Malaria in the Punjab - Number 46
Disease focus: Malaria
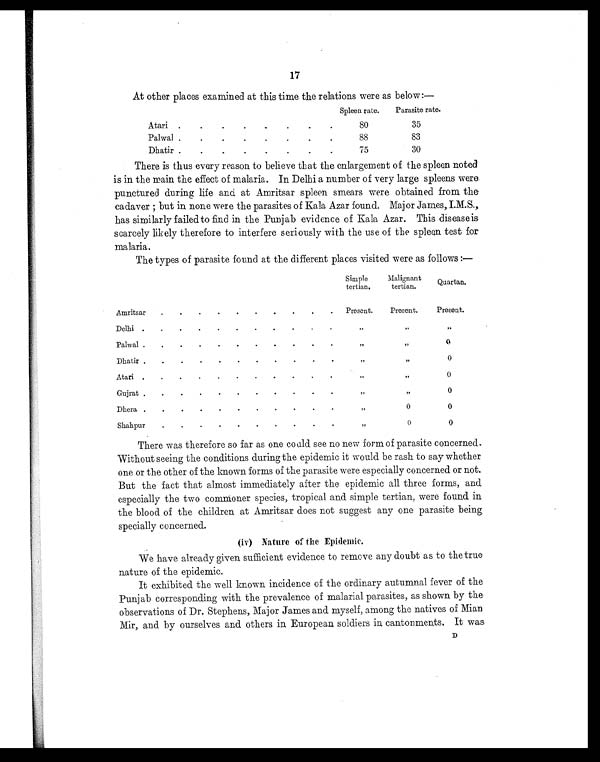
17
At other places examined at this time the relations were as below:—
Spleen rate.
Parasite rate.
Atari
.
.
.
. .
. .
.
80
35
Palwal
.
.
.
.
. .
.
.
88
83
Dhatir
. .
.
.
.
. .
.
7 5
30
There is thus every reason to believe that the enlargement of the spleen noted
is in the main the effect of malaria. In Delhi a number of very large spleens were
punctured during life and at Amritsar spleen smears were obtained from the
cadaver ; but in none were the parasites of Kala Azar found. Major James, I.M.S.,
has similarly failed to find in the Punjab evidence of Kala Azar. This disease is
scarcely likely therefore to interfere seriously with the use of the spleen test for
malaria.
The types of parasite found at the different places visited were as follows:—
Simple
tertian.
Malignant
tertian.
Quartan .
Amritsar
.
.
.
.
.
.
.
.
.
. Present.
Present.
Present.
Delhi .
.
.
.
.
.
.
.
.
.
.
„ „
„
Palwal .
.
.
.
.
.
.
.
.
.
.
„
„ 0
Dhatir .
.
.
.
.
.
.
.
.
.
.
„
„ 0
Atari .
.
.
.
.
.
.
.
.
.
.
„
„
0
Gujrat .
.
.
.
.
.
.
.
.
.
.
„
„ 0
Dhera .
.
.
.
.
.
.
.
.
.
.
„
0
0
Shahpur
.
.
.
.
.
.
.
.
.
.
„
0
0
There was therefore so far as one could see no new form of parasite concerned.
Without seeing the conditions during the epidemic it would be rash to say whether
one or the other of the known forms of the parasite were especially concerned or not.
But the fact that almost immediately after the epidemic all three forms, and
especially the two commoner species, tropical and simple tertian, were found in
the blood of the children at Amritsar does not suggest any one parasite being
specially concerned.
(iv) Nature of the Epidemic.
We have already given sufficient evidence to remove any doubt as to the true
nature of the epidemic.
It exhibited the well known incidence of the ordinary autumnal fever of the
Punjab corresponding with the prevalence of malarial parasites, as shown by the
observations of Dr. Stephens, Major James and myself, among the natives of Mian
Mir, and by ourselves and others in European soldiers in cantonments. It was
D